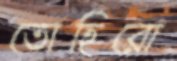
তোহিরো